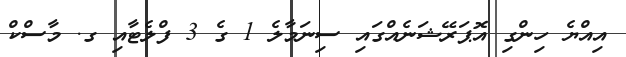
އިއްޔެ ހިންގި އޮޕަރޭޝަނެއްގައި ސިނަމާލެ 1 ގެ 3 ފްލެޓާއި ގ. މާސްކް